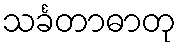
သင်္ခတာဓာတု